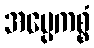
အပ္ပေကစ္စံ